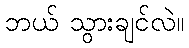
ဘယ် သွားချင်လဲ။